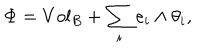
LaTeX: \Phi = V o l _ { B } + \sum _ { i } e _ { i } \wedge \theta _ { i } ,